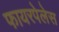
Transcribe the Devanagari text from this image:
फायरपेलेस